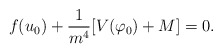
\begin{align*}f(u_{0})+\frac{1}{m^{4}}[V(\varphi_{0})+M]=0. \end{align*}